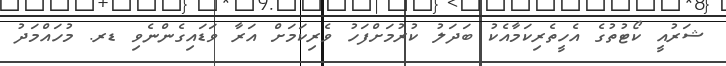
ޝަރުއީ ކޯޓުތުގެ އެހީތެރިކަމާއެކު ބަދަލު ކުރުމަށްފަހު ވެރިކަމަށް އަރާ ވަޑައިގެންނެވި ޑރ. މުހައްމަދު